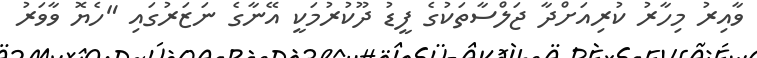
ވާއިރު މިހާރު ކުރިއަށްދާ ޖަލްސާތަކުގެ ފީޑު ދޫކުރުމަކީ އޭނާގެ ނަޒަރުގައި "ހެޔޮ ވާވަރު